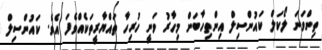
ތިންވަނަ ލޯކަލް ކައުންސިލް އިންތިހާބަށް މިހާރު ވަނީ ހުރިހާ ތައްޔާރީތަކެއްވެފަ އެވެ. ކައުންސިލް